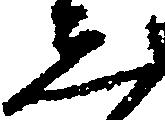
し